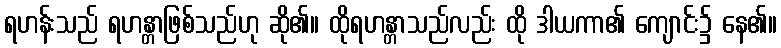
ရဟန်းသည် ရဟန္တာဖြစ်သည်ဟု ဆို၏။ ထိုရဟန္တာသည်လည်း ထို ဒါယကာ၏ ကျောင်း၌ နေ၏။